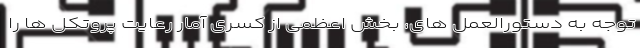
توجه به دستورالعمل های، بخش اعظمی از کسری آمار رعایت پروتکل ها را